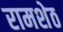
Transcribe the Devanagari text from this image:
रामशेठ